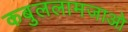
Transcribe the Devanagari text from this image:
कबुललामजाओ